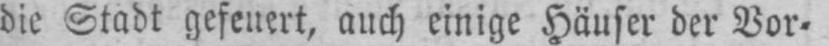
die Stadt gefeuert, auch einige Häuser der Vor⸗